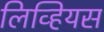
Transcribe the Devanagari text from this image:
लिव्हियस